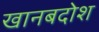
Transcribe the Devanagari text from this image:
खानबदोश